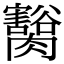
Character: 𦢽